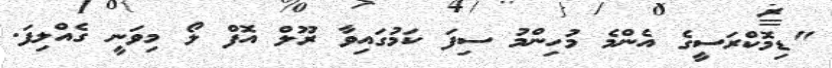
"ޑިމޮކްރަސީގެ އެންމެ މުހިންމު ސިފަ ކަމުގައިވާ ރޫލް އޮފް ލޯ މިވަނީ ގެއްލިފަ.